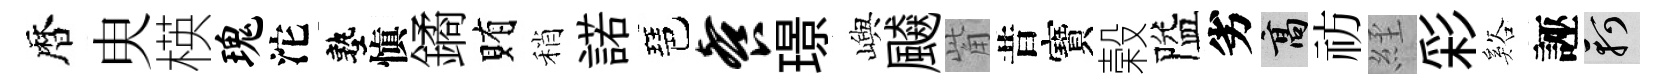
暦㬰楧瑰沱塾愼鐍賄稍諾琶餐璟嶼飇觜昔寶榖隘劣高祊𦀇彩谿誣軻